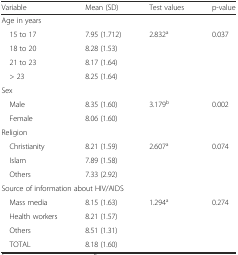
<table><thead><tr><td><b>Variable</b></td><td><b>Mean (SD)</b></td><td><b>Test values</b></td><td><b>p-value</b></td></tr></thead><tbody><tr><td>Age in years</td><td></td><td></td><td></td></tr><tr><td> 15 to 17</td><td>7.95 (1.712)</td><td>2.832<sup>a</sup></td><td>0.037</td></tr><tr><td> 18 to 20</td><td>8.28 (1.53)</td><td></td><td></td></tr><tr><td> 21 to 23</td><td>8.17 (1.64)</td><td></td><td></td></tr><tr><td> &gt; 23</td><td>8.25 (1.64)</td><td></td><td></td></tr><tr><td>Sex</td><td></td><td></td><td></td></tr><tr><td> Male</td><td>8.35 (1.60)</td><td>3.179<sup>b</sup></td><td>0.002</td></tr><tr><td> Female</td><td>8.06 (1.60)</td><td></td><td></td></tr><tr><td>Religion</td><td></td><td></td><td></td></tr><tr><td> Christianity</td><td>8.21 (1.59)</td><td>2.607<sup>a</sup></td><td>0.074</td></tr><tr><td> Islam</td><td>7.89 (1.58)</td><td></td><td></td></tr><tr><td> Others</td><td>7.33 (2.92)</td><td></td><td></td></tr><tr><td colspan="4">Source of information about HIV/AIDS</td></tr><tr><td> Mass media</td><td>8.15 (1.63)</td><td>1.294<sup>a</sup></td><td>0.274</td></tr><tr><td> Health workers</td><td>8.21 (1.57)</td><td></td><td></td></tr><tr><td> Others</td><td>8.51 (1.31)</td><td></td><td></td></tr><tr><td> TOTAL</td><td>8.18 (1.60)</td><td></td><td></td></tr></tbody></table>